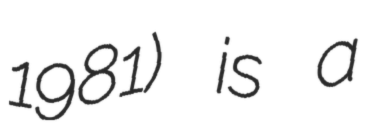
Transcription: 1981) is a